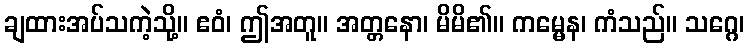
ချထားအပ်သကဲ့သို့။ ဧဝံ၊ ဤအတူ။ အတ္တနော၊ မိမိ၏။ ကမ္မေန၊ ကံသည်။ သဂ္ဂေ၊